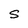
Character: s